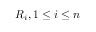
R _ { i } , 1 \leq i \leq n